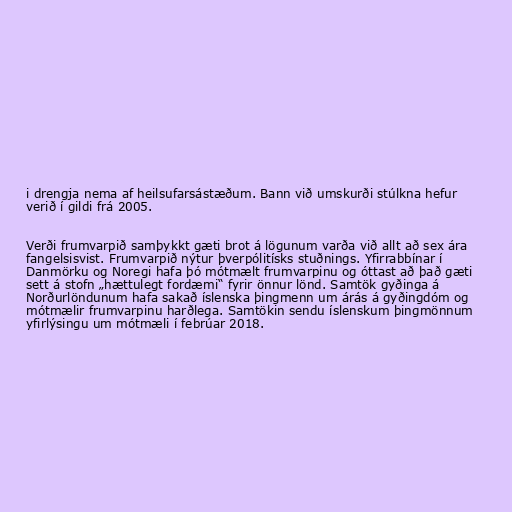
i drengja nema af heilsufarsástæðum. Bann við umskurði stúlkna hefur
verið í gildi frá 2005.

Verði frumvarpið samþykkt gæti brot á lögunum varða við allt að sex ára
fangelsisvist. Frumvarpið nýtur þverpólitísks stuðnings. Yfirrabbínar í
Danmörku og Noregi hafa þó mótmælt frumvarpinu og óttast að það gæti
sett á stofn „hættulegt fordæmi“ fyrir önnur lönd. Samtök gyðinga á
Norðurlöndunum hafa sakað íslenska þingmenn um árás á gyðingdóm og
mótmælir frumvarpinu harðlega. Samtökin sendu íslenskum þingmönnum
yfirlýsingu um mótmæli í febrúar 2018.